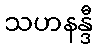
သဟနန္ဒီ